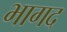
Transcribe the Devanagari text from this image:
भागद